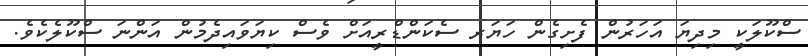
ސްކޫލަކީ މިދިޔަ އަހަރުން ފެށިގެން ހަޔަރ ސެކަންޑްރީއަށް ވެސް ކިޔަވައިދެމުން އަންނަ ސްކޫލެކެވެ.